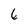
Character: 6